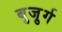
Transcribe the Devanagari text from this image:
बुजु़र्ग